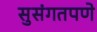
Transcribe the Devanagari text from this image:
सुसंगतपणे